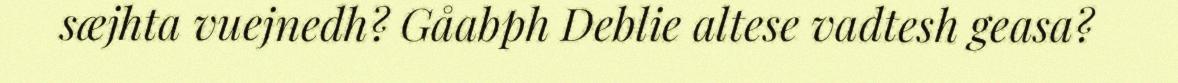
sæjhta vuejnedh? Gåabph Deblie altese vadtesh geasa?